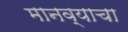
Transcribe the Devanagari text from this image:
मानव्याचा